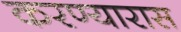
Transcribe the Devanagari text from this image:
करण्यारास